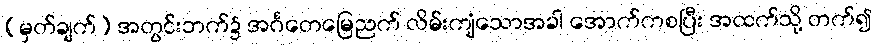
(မှတ်ချက်) အတွင်းဘက်၌ အင်္ဂတေမြေညက် လိမ်းကျံသောအခါ အောက်ကစပြီး အထက်သို့ တက်၍